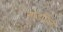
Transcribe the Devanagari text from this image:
नोडविली